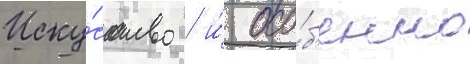
Иску́сство / и́ осо́б'енно